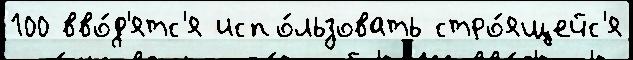
100 вво́д'ятс'я испо́льзовать стро́ящейс'я